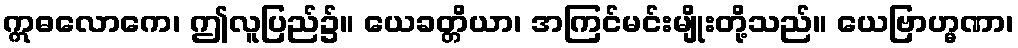
ဣဓလောကေ၊ ဤလူပြည်၌။ ယေခတ္တိယာ၊ အကြင်မင်းမျိုးတို့သည်။ ယေဗြာဟ္မဏာ၊